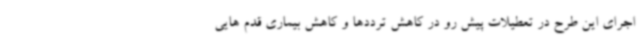
اجرای این طرح در تعطیلات پیش رو در کاهش ترددها و کاهش بیماری قدم هایی